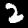
Digit: 2